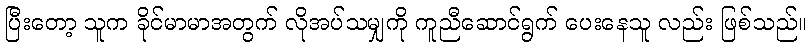
ပြီးတော့ သူက ခိုင်မာမာအတွက် လိုအပ်သမျှကို ကူညီဆောင်ရွက် ပေးနေသူ လည်း ဖြစ်သည်။